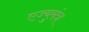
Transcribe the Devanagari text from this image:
एज्युमंत्र